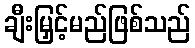
ချီးမြှင့်မည်ဖြစ်သည်